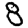
Digit: 8